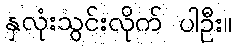
နှလုံးသွင်းလိုက် ပါဦး။